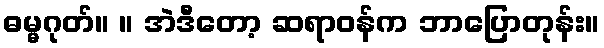
ဓမ္မဂုတ်။ ။ အဲဒီတော့ ဆရာဝန်က ဘာပြောတုန်း။